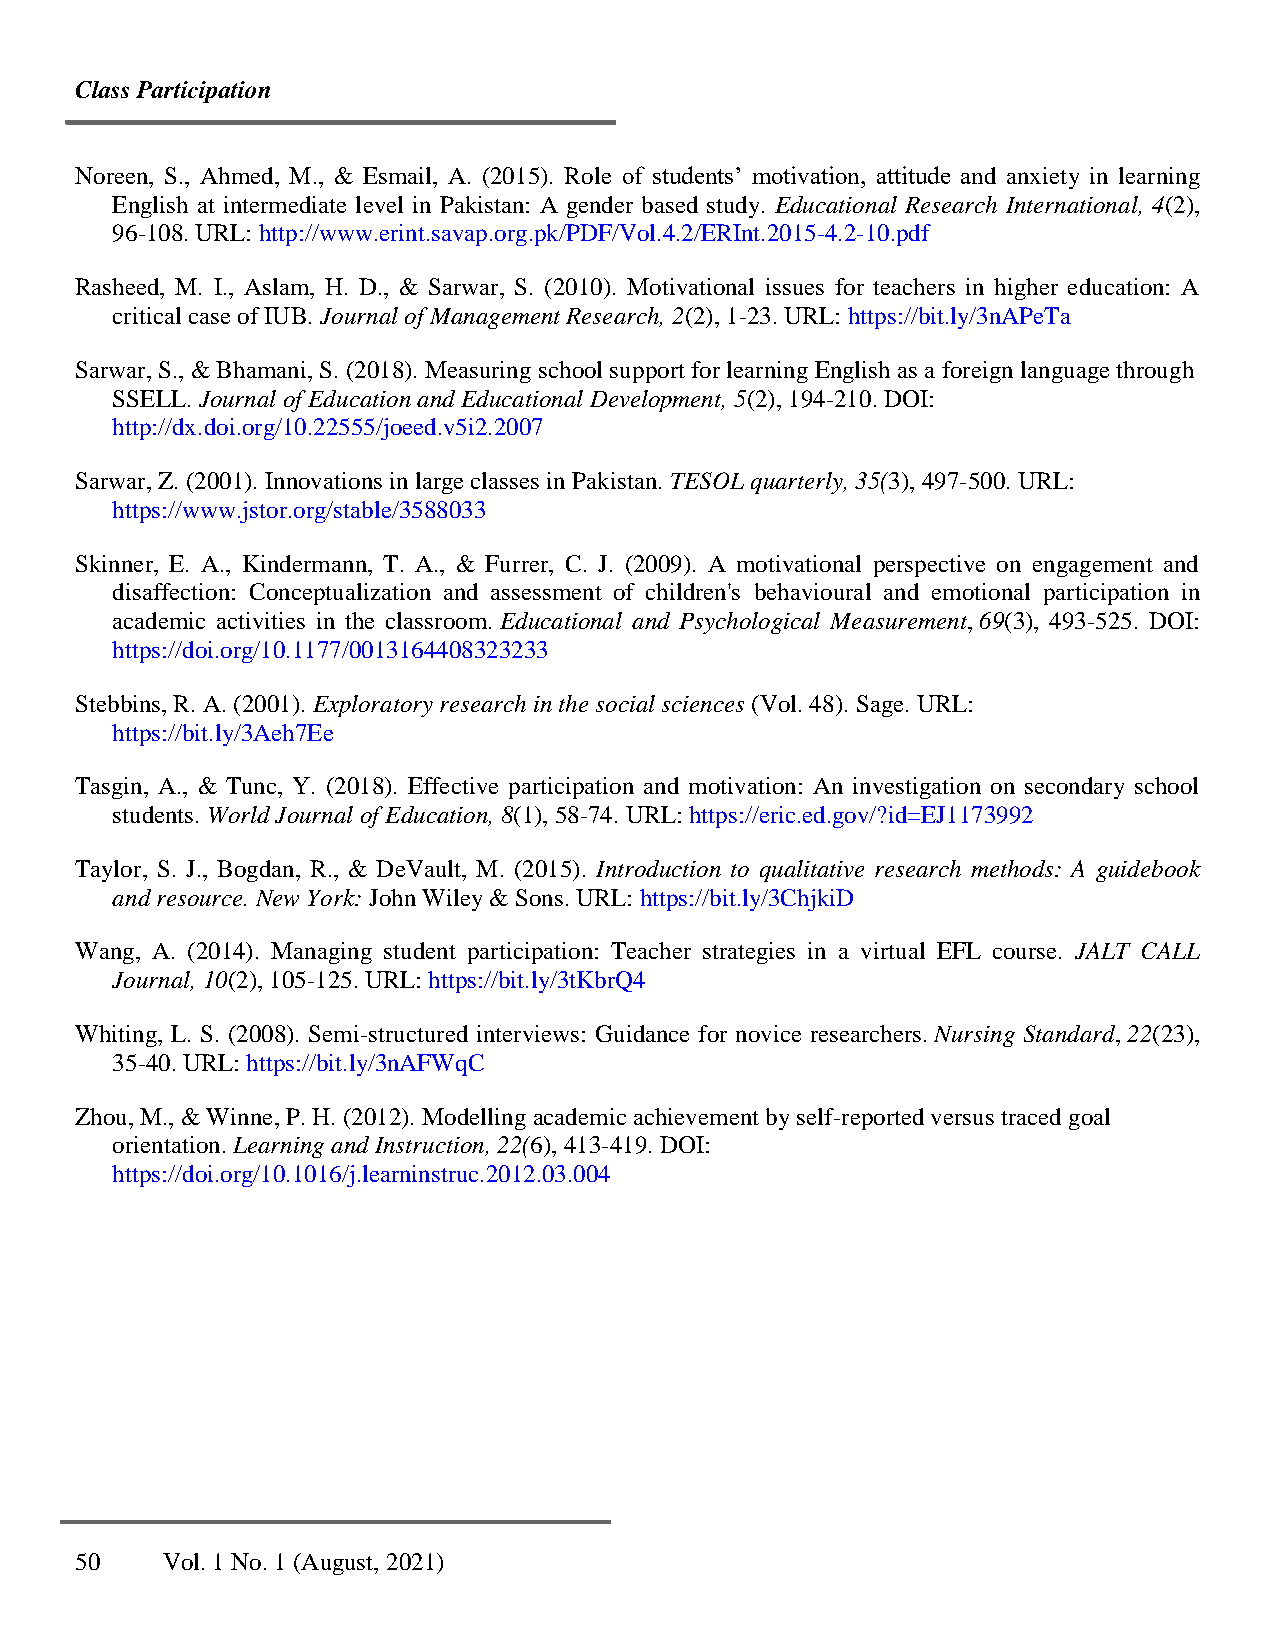
Class Participation
 Noreen, S., Ahmed, M., & Esmail, A. (2015). Role of students’ motivation, attitude and anxiety in learning
 English at intermediate level in Pakistan: A gender based study. Educational Research International, 4(2),
 96-108. URL: http://www.erint.savap.org.pk/PDF/Vol.4.2/ERInt.2015-4.2-10.pdf
 Rasheed, M. I., Aslam, H. D., & Sarwar, S. (2010). Motivational issues for teachers in higher education: A
 critical case of IUB. Journal of Management Research, 2(2), 1-23. URL: https://bit.ly/3nAPeTa
 Sarwar, S., & Bhamani, S. (2018). Measuring school support for learning English as a foreign language through
 SSELL. Journal of Education and Educational Development, 5(2), 194-210. DOI:
 http://dx.doi.org/10.22555/joeed.v5i2.2007
 Sarwar, Z. (2001). Innovations in large classes in Pakistan. TESOL quarterly, 35(3), 497-500. URL:
 https://www.jstor.org/stable/3588033
 Skinner, E. A., Kindermann, T. A., & Furrer, C. J. (2009). A motivational perspective on engagement and
 disaffection: Conceptualization and assessment of children's behavioural and emotional participation in
 academic activities in the classroom. Educational and Psychological Measurement, 69(3), 493-525. DOI:
 https://doi.org/10.1177/0013164408323233
 Stebbins, R. A. (2001). Exploratory research in the social sciences (Vol. 48). Sage. URL:
 https://bit.ly/3Aeh7Ee
 Tasgin, A., & Tunc, Y. (2018). Effective participation and motivation: An investigation on secondary school
 students. World Journal of Education, 8(1), 58-74. URL: https://eric.ed.gov/?id=EJ1173992
 Taylor, S. J., Bogdan, R., & DeVault, M. (2015). Introduction to qualitative research methods: A guidebook
 and resource. New York: John Wiley & Sons. URL: https://bit.ly/3ChjkiD
 Wang, A. (2014). Managing student participation: Teacher strategies in a virtual EFL course. JALT CALL
 Journal, 10(2), 105-125. URL: https://bit.ly/3tKbrQ4
 Whiting, L. S. (2008). Semi-structured interviews: Guidance for novice researchers. Nursing Standard, 22(23),
 35-40. URL: https://bit.ly/3nAFWqC
 Zhou, M., & Winne, P. H. (2012). Modelling academic achievement by self-reported versus traced goal
 orientation. Learning and Instruction, 22(6), 413-419. DOI:
 https://doi.org/10.1016/j.learninstruc.2012.03.004
 50    Vol. 1 No. 1 (August, 2021)